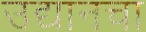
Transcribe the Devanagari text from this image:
उद्यानचा